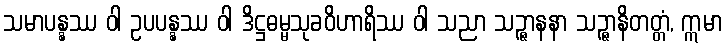
သမာပန္နဿ ဝါ ဥပပန္နဿ ဝါ ဒိဋ္ဌဓမ္မသုခဝိဟာရိဿ ဝါ သညာ သဉ္ဇာနနာ သဉ္ဇာနိတတ္တံ, ဣမာ